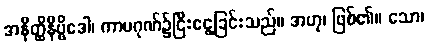
အနိတ္ထိနိဗ္ဗိဒေါ၊ ကာမဂုဏ်၌ငြီးငွေ့ခြင်းသည်။ အဟု၊ ဖြစ်၏။ သော၊